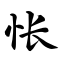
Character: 怅